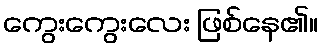
ကွေးကွေးလေး ဖြစ်နေ၏။